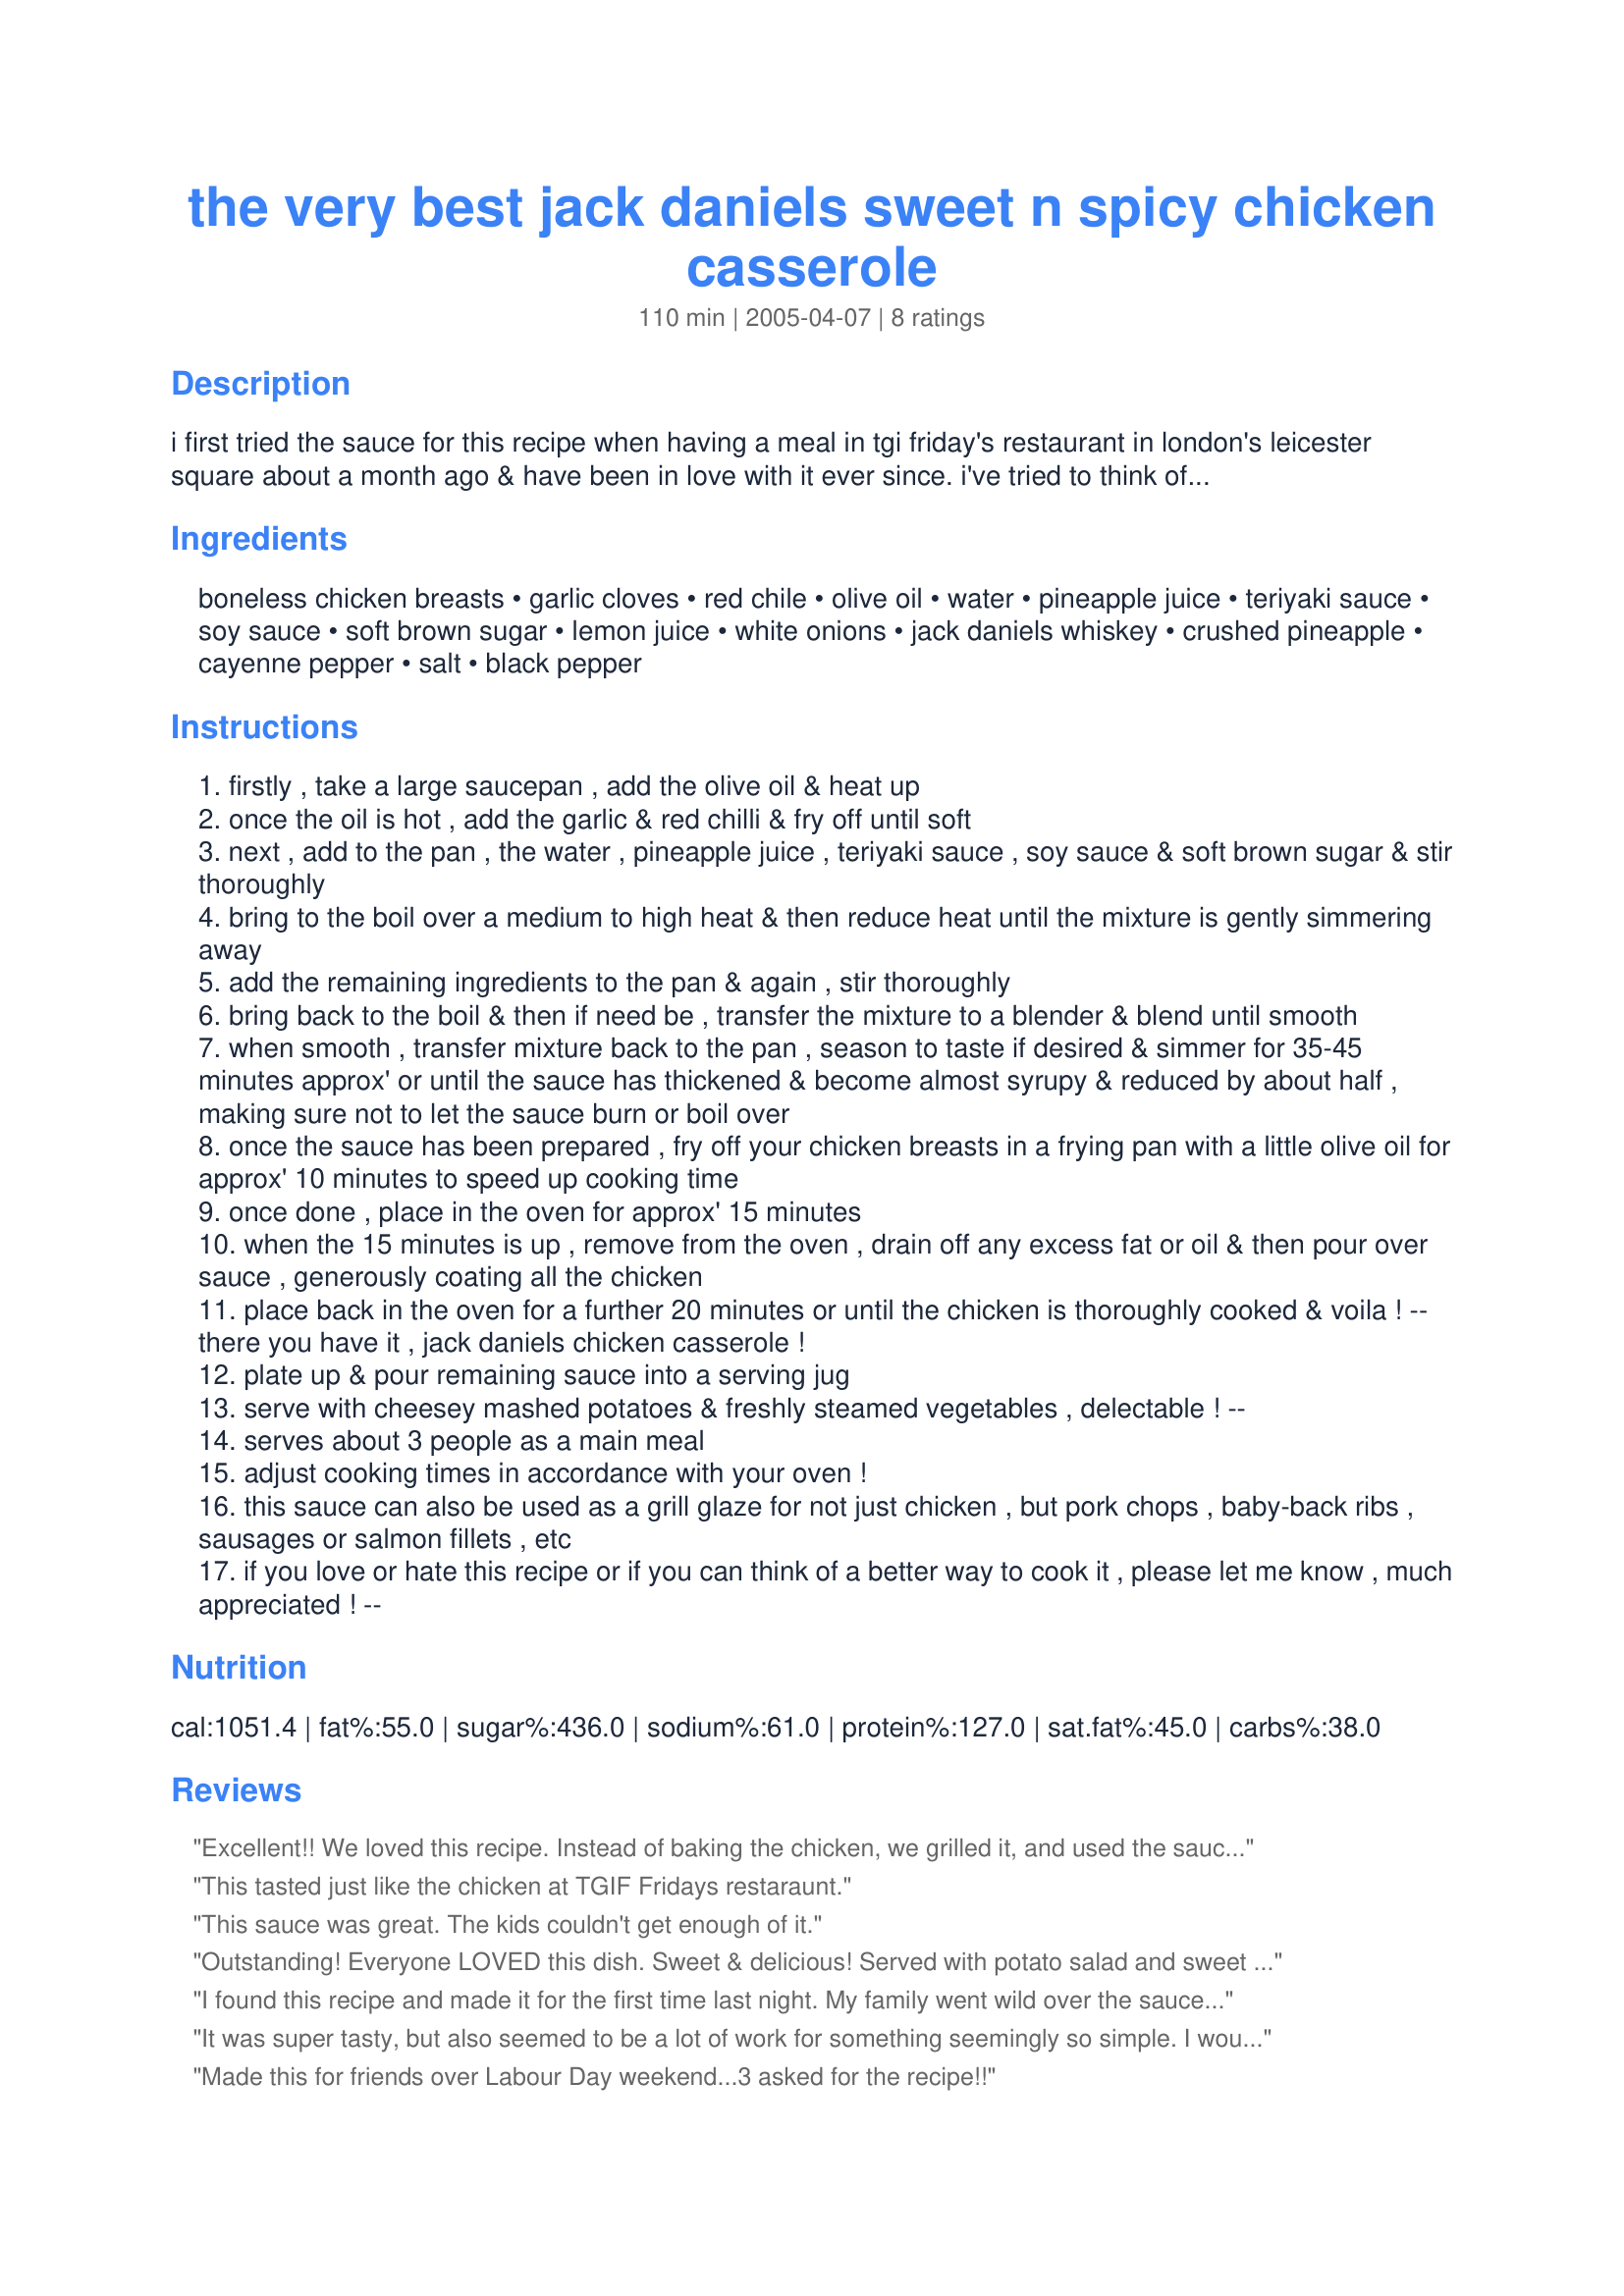
the very best jack daniels sweet n spicy chicken casserole
Preparation time: 110 minutes

i first tried the sauce for this recipe when having a meal in tgi friday's restaurant in london's leicester square about a month ago & have been in love with it ever since. i've tried to think of many variations for it as it is adaptable to a lot of things, but the recipe below works very well indeed...see what you think!...

Ingredients:
boneless chicken breasts, garlic cloves, red chile, olive oil, water, pineapple juice, teriyaki sauce, soy sauce, soft brown sugar, lemon juice, white onions, jack daniels whiskey, crushed pineapple, cayenne pepper, salt, black pepper

Steps:
firstly , take a large saucepan , add the olive oil & heat up
once the oil is hot , add the garlic & red chilli & fry off until soft
next , add to the pan , the water , pineapple juice , teriyaki sauce , soy sauce & soft brown sugar & stir thoroughly
bring to the boil over a medium to high heat & then reduce heat until the mixture is gently simmering away
add the remaining ingredients to the pan & again , stir thoroughly
bring back to the boil & then if need be , transfer the mixture to a blender & blend until smooth
when smooth , transfer mixture back to the pan , season to taste if desired & simmer for 35-45 minutes approx' or until the sauce has thickened & become almost syrupy & reduced by about half , making sure not to let the sauce burn or boil over
once the sauce has been prepared , fry off your chicken breasts in a frying pan with a little olive oil for approx' 10 minutes to speed up cooking time
once done , place in the oven for approx' 15 minutes
when the 15 minutes is up , remove from the oven , drain off any excess fat or oil & then pour over sauce , generously coating all the chicken
place back in the oven for a further 20 minutes or until the chicken is thoroughly cooked & voila ! -- there you have it , jack daniels chicken casserole !
plate up & pour remaining sauce into a serving jug
serve with cheesey mashed potatoes & freshly steamed vegetables , delectable ! --
serves about 3 people as a main meal
adjust cooking times in accordance with your oven !
this sauce can also be used as a grill glaze for not just chicken , but pork chops , baby-back ribs , sausages or salmon fillets , etc
if you love or hate this recipe or if you can think of a better way to cook it , please let me know , much appreciated ! --

Reviews:
Excellent!! We loved this recipe. Instead of baking the chicken, we grilled it, and used the sauce as a baste towards the end of grilling.We then used a separate portion of the sauce for dipping, both the chicken, and some shrimp skewers we had also grilled. Absolutely fantastic!!
This tasted just like the chicken at TGIF Fridays restaraunt.
This sauce was great. The kids couldn't get enough of it.
Outstanding! Everyone LOVED this dish. Sweet & delicious! Served with potato salad and sweet corn. Excellent! Thanks
I found this recipe and made it for the first time last night. My family went wild over the sauce. They said it tasted like TGI Friday's, maybe even better. Instead of baking the chicken, my husband grilled it , and we used the sauce for dipping.We all loved it.Thanks for a great recipe.
It was super tasty, but also seemed to be a lot of work for something seemingly so simple. I would suggest throwing the pepper, garlic, pineapple and onion in the food processor before starting to help with the sauce smoothness later. Will definitely make again, with this change. Served with Recipe #99323, Teriyaki Rice.
Made this for friends over Labour Day weekend...3 asked for the recipe!!
This was very good. Although my sauce seemed to come out a bit thin. I think I may need to cook it longer next time. Had great flavor. Not too sweet, not too hot! I will make this again.
